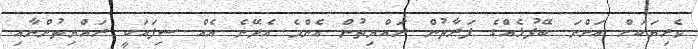
ވެރިޔަކަށް އަންނަ ބޭފުޅެއްގެ ފަރާތުން ރައްޔިތުން އެންމެ އެދޭނެ އެއް ސިފައަކީ ރައްޔިތުންނާއި